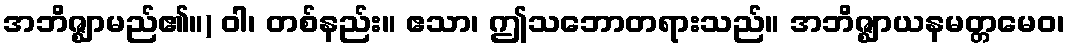
အဘိဇ္ဈာမည်၏။) ဝါ၊ တစ်နည်း။ ဧသာ၊ ဤသဘောတရားသည်။ အဘိဇ္ဈာယနမတ္တမေဝ၊